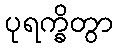
ပုရက္ခိတွာ